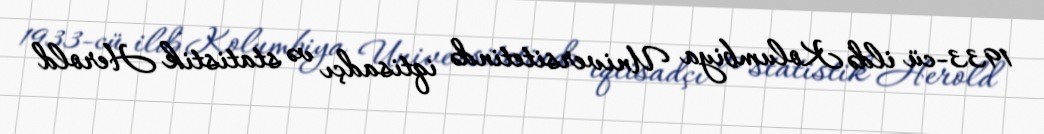
1933-cü ildə Kolumbiya Universitetində iqtisadçı və statistik Herold